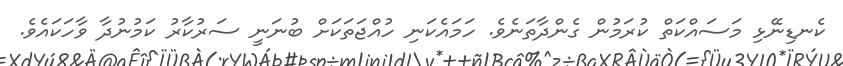
ކެނޑިނޭޅި މަސައްކަތް ކުރަމުން ގެންދާތަނެވެ. ހަމައެކަނި ހުއްޖަތަކަށް ބުނަނީ ސަރުކާރު ކަމުނުދާ ވާހަކައެވެ.